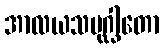
အာလယသမုဂ္ဃါတော